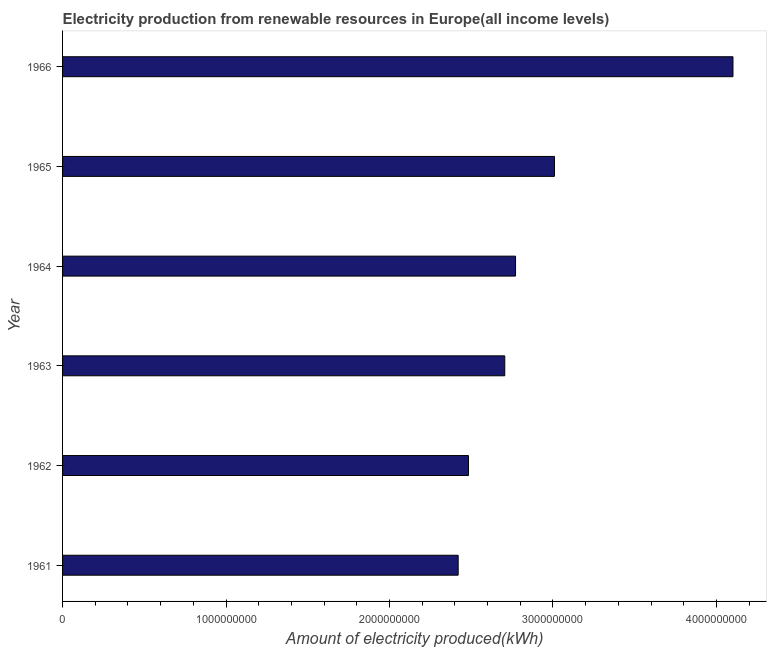
| Year | Electricity production from renewable sources |
 | --- | --- |
 | 1961 | 2.42e+09 |
 | 1962 | 2.48e+09 |
 | 1963 | 2.70e+09 |
 | 1964 | 2.77e+09 |
 | 1965 | 3.01e+09 |
 | 1966 | 4.1e+09 |